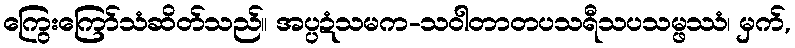
ကြွေးကြော်သံဆိတ်သည်။ အပ္ပဍံသမက-သဝါတာတပသရီသပသမ္ဖဿံ၊ မှက်,